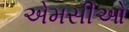
એમસીઓ